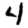
Digit: 4